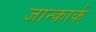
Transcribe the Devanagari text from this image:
जान्कार्क